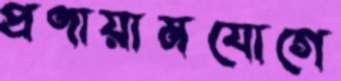
প্রণায়ামযোগে